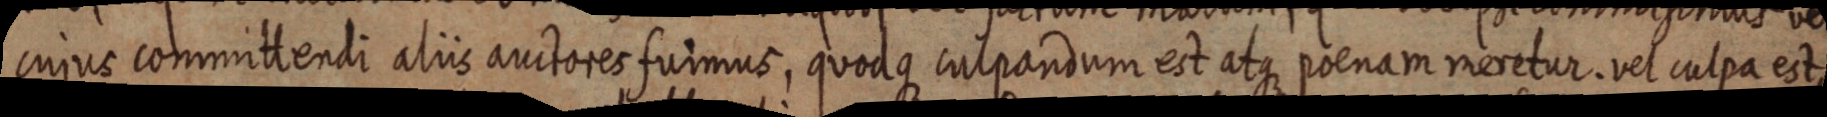
cujus committendi aliis auctores fuimus, quodque culpandum est atque poenam meretur. vel culpa est,